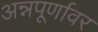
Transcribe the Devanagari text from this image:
अन्नपूर्णावर